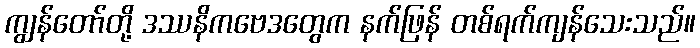
ကျွန်တော်တို့ ဒဿနိကဗေဒတွေက နက်ဖြန် တစ်ရက်ကျန်သေးသည်။